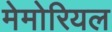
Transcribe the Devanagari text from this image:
मेमोरियल